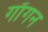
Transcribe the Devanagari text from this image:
गाँगन